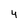
Character: 4